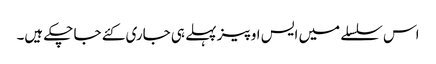
اس سلسلے میں ایس او پیز پہلے ہی جاری کئے جا چکے ہیں۔